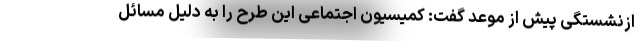
ازنشستگی پیش از موعد گفت: کمیسیون اجتماعی این طرح را به دلیل مسائل